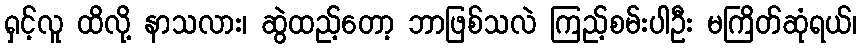
ရှင့်လူ ထိလို့ နာသလား၊ ဆွဲထည့်တော့ ဘာဖြစ်သလဲ ကြည့်စမ်းပါဦး မကြိတ်ဆုံရယ်၊